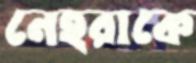
নেহরাকে